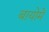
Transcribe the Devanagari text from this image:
बायोमे